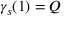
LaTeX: \gamma _ { s } ( 1 ) = Q